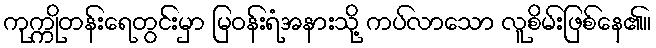
ကုက္ကိုတန်းရေတွင်းမှာ မြဝန်းရံအနားသို့ ကပ်လာသော လူစိမ်းဖြစ်နေ၏။